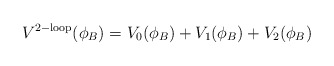
\begin{align*}V^{\mathrm{2-loop}}(\phi_B)=V_0(\phi_B)+V_1(\phi_B)+V_2(\phi_B)\end{align*}